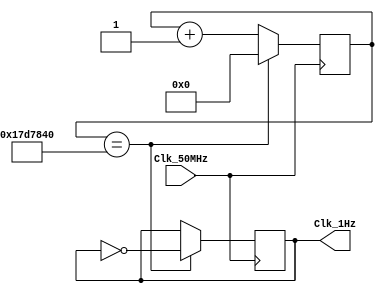
module divide_frequency(input Clk_50MHz, 
								output reg Clk_1Hz);
								reg [25:0] clk;
	always @(posedge Clk_50MHz)
		begin
			if (clk == 25000000) 
				begin
					Clk_1Hz= ~Clk_1Hz; //inverte
					clk = 0;
				end
			else
			clk = clk + 1;
	end
	endmodule